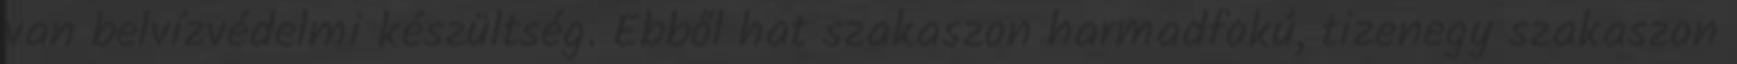
van belvízvédelmi készültség. Ebből hat szakaszon harmadfokú, tizenegy szakaszon